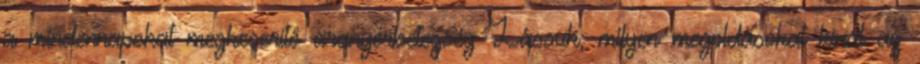
a mindennapokat megkeserítő aranyérbetegség Lássuk, milyen megoldásokat kínál az